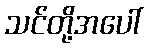
သင်တို့အပေါ်